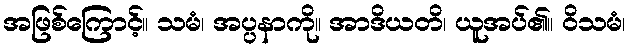
အဖြစ်ကြောင့်။ သမံ၊ အပ္ပနာကို။ အာဒိယတိ၊ ယူအပ်၏။ ဝိသမံ၊